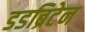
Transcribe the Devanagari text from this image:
डडब्रिटेन